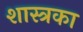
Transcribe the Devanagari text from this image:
शास्त्रका